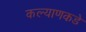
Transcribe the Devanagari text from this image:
कल्याणकडे